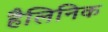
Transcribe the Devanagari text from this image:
हैलिनिक